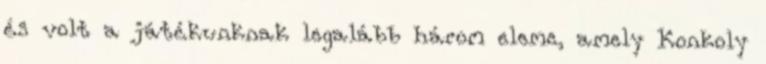
és volt a játékunknak legalább három eleme, amely Konkoly